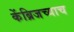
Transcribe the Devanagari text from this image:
केंब्रिजच्याच